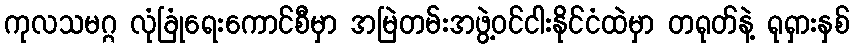
ကုလသမဂ္ဂ လုံခြုံရေးကောင်စီမှာ အမြဲတမ်းအဖွဲ့ဝင်ငါးနိုင်ငံထဲမှာ တရုတ်နဲ့ ရုရှားနှစ်